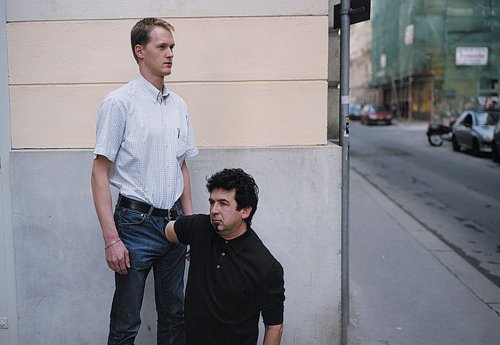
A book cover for Situation Comedy: Humor In Recent Art; Dominic Molon; Arts & Photography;